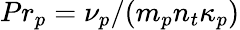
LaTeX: Pr_{p}=\nu_{p}/(m_{p}n_{t}\kappa_{p})